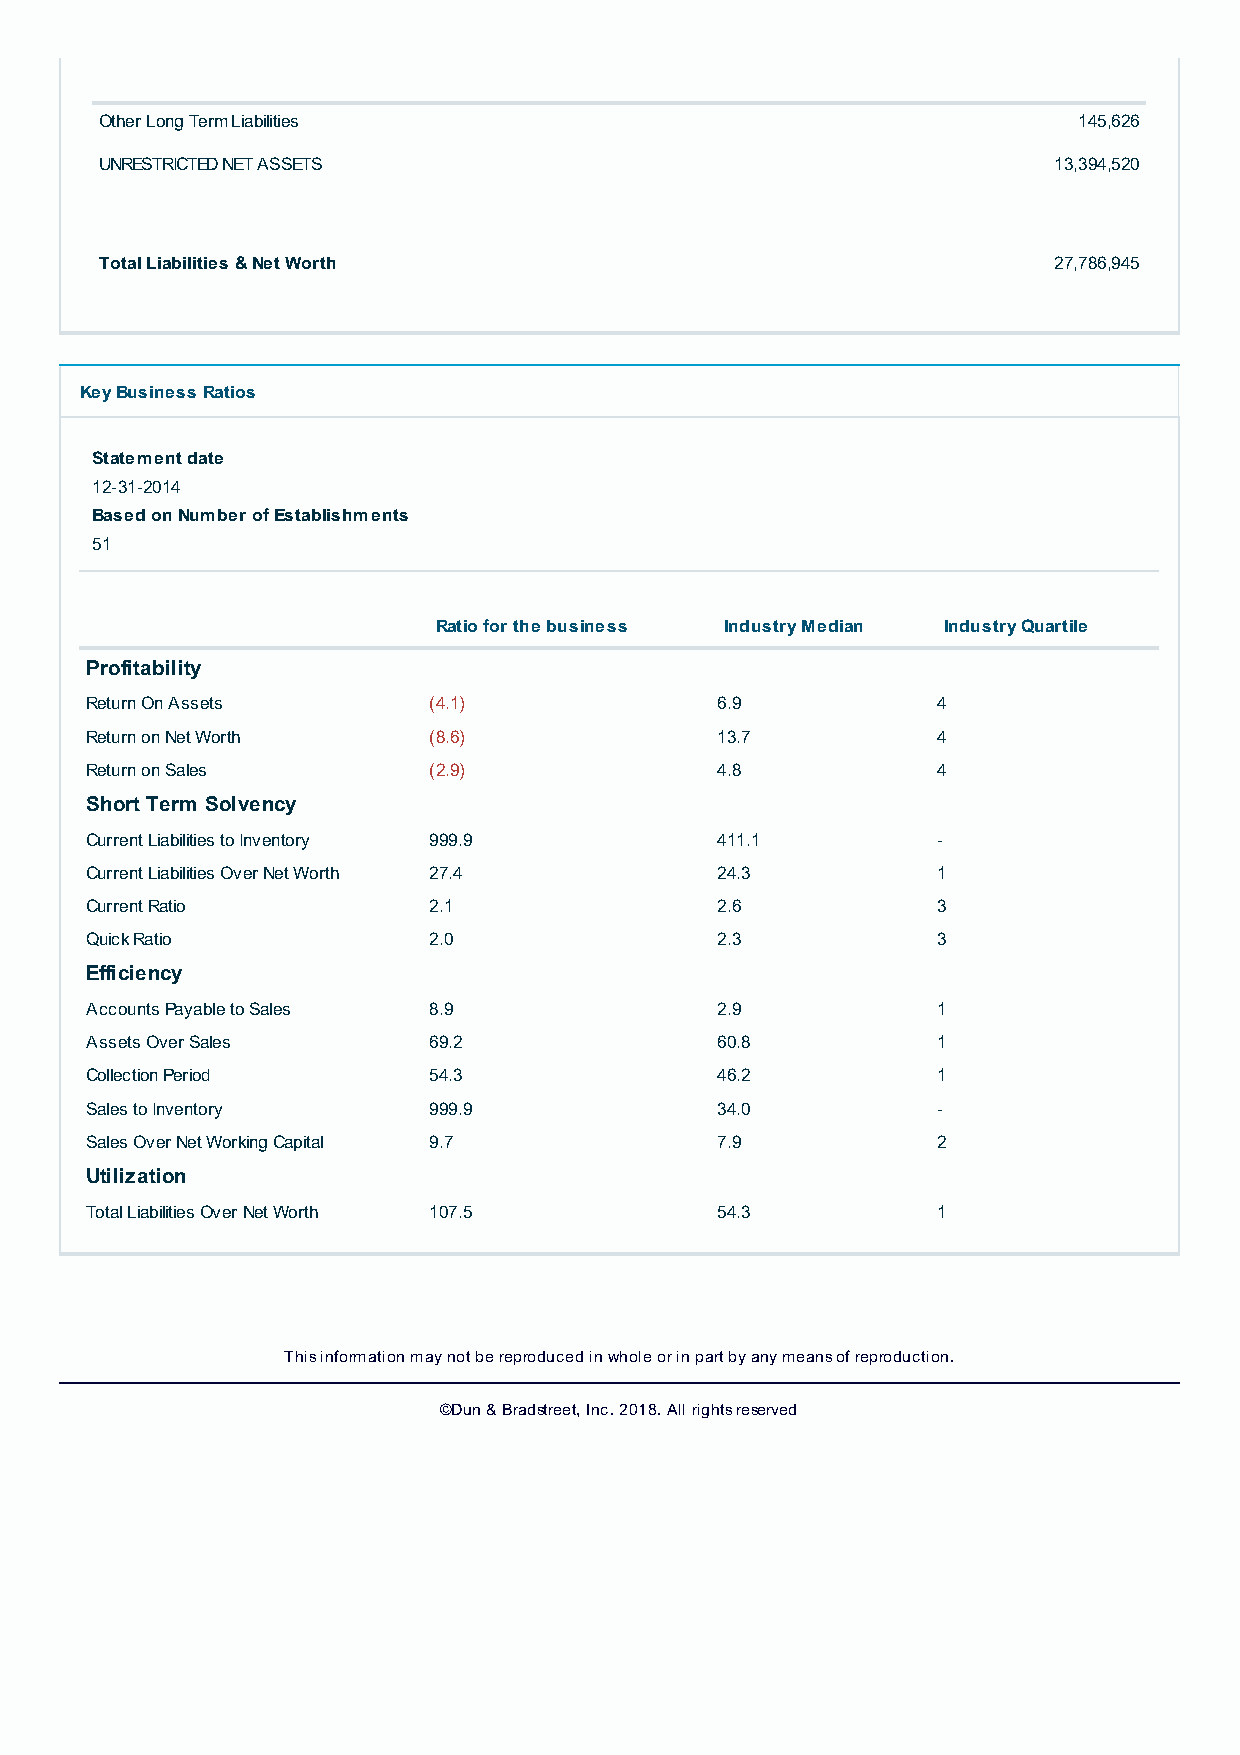
Other Long Term Liabilities                                     145,626
 UNRESTRICTED NET ASSETS                                        13,394,520
 Total Liabilities & Net Worth                                  27,786,945
 Key Business Ratios
 Statement date
 12-31-2014
 Based on Number of Establishments
 51
  Ratio for the business  Industry Median  Industry Quartile 
 Profitability
 Return On Assets      (4.1)              6.9            4
 Return on Net Worth   (8.6)              13.7           4
 Return on Sales       (2.9)              4.8            4
 Short Term Solvency
 Current Liabilities to Inventory 999.9   411.1          -
 Current Liabilities Over Net Worth 27.4  24.3           1
 Current Ratio         2.1                2.6            3
 Quick Ratio           2.0                2.3            3
 Efficiency
 Accounts Payable to Sales 8.9            2.9            1
 Assets Over Sales     69.2               60.8           1
 Collection Period     54.3               46.2           1
 Sales to Inventory    999.9              34.0           -
 Sales Over Net Working Capital 9.7       7.9            2
 Utilization
 Total Liabilities Over Net Worth 107.5   54.3           1
 This information may not be reproduced in whole or in part by any means of reproduction.
 ©Dun & Bradstreet, Inc. 2018. All rights reserved